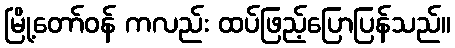
မြို့တော်ဝန် ကလည်း ထပ်ဖြည့်ပြောပြန်သည်။